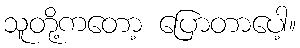
သူတို့ကတော့ ပြောတာပေါ့။